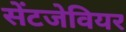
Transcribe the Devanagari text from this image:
सेंटजेवियर